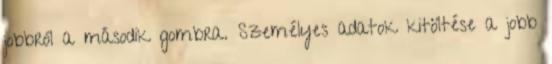
jobbról a második gombra. Személyes adatok kitöltése a jobb